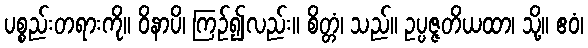
ပစ္စည်းတရားကို။ ဝိနာပိ၊ ကြဉ်၍လည်း။ စိတ္တံ၊ သည်။ ဥပ္ပဇ္ဇတိယထာ၊ သို့။ ဧဝံ၊